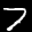
Label: 7